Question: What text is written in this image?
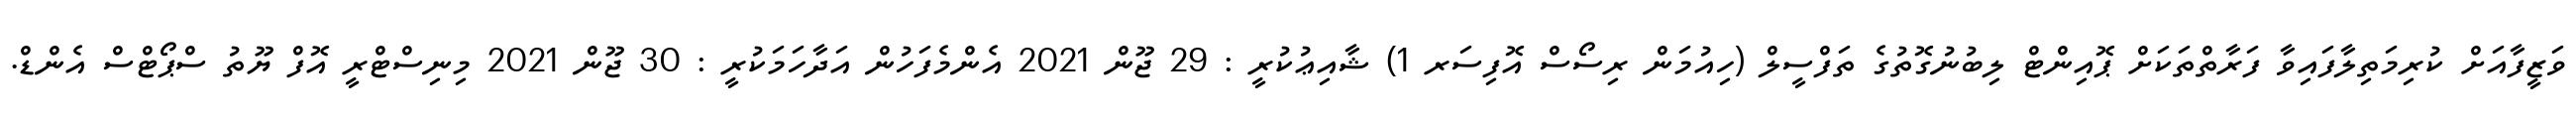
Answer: ވަޒީފާއަށް ކުރިމަތިލާފައިވާ ފަރާތްތަކަށް ޕޮއިންޓް ލިބުނުގޮތުގެ ތަފްސީލް (ހިއުމަން ރިސޯސް އޮފިސަރ 1) ޝާއިޢުކުރީ : 29 ޖޫން 2021 އެންމެފަހުން އަދާހަމަކުރީ : 30 ޖޫން 2021 މިނިސްޓްރީ އޮފް ޔޫތު ސްޕޯޓްސް އެންޑް.